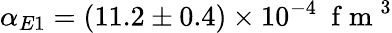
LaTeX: \alpha_{E1}=(11.2\pm 0.4)\times 10^{-4}~\mathrm{~f~m~}^{3}